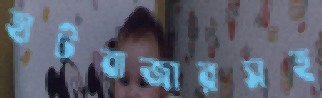
হাটবাজারসহ